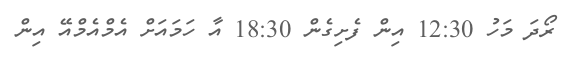
ރޯދަ މަހު 12:30 އިން ފެށިގެން 18:30 އާ ހަމައަށް އެމްއެމްއޭ އިން